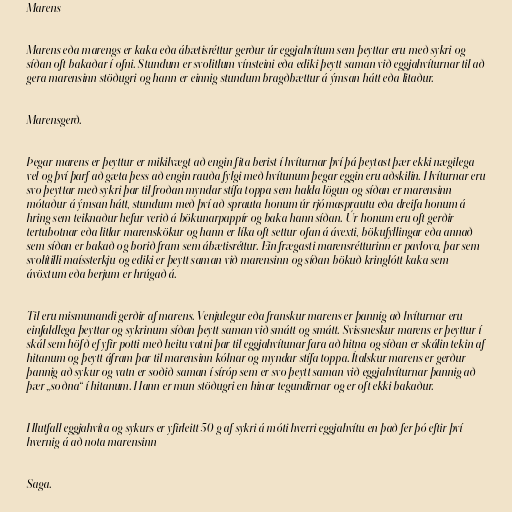
Marens

Marens eða marengs er kaka eða ábætisréttur gerður úr eggjahvítum sem þeyttar eru með sykri og
síðan oft bakaðar í ofni. Stundum er svolitlum vínsteini eða ediki þeytt saman við eggjahvíturnar til að
gera marensinn stöðugri og hann er einnig stundum bragðbættur á ýmsan hátt eða litaður.

Marensgerð.

Þegar marens er þeyttur er mikilvægt að engin fita berist í hvíturnar því þá þeytast þær ekki nægilega
vel og því þarf að gæta þess að engin rauða fylgi með hvítunum þegar eggin eru aðskilin. Hvíturnar eru
svo þeyttar með sykri þar til froðan myndar stífa toppa sem halda lögun og síðan er marensinn
mótaður á ýmsan hátt, stundum með því að sprauta honum úr rjómasprautu eða dreifa honum á
hring sem teiknaður hefur verið á bökunarpappír og baka hann síðan. Úr honum eru oft gerðir
tertubotnar eða litlar marenskökur og hann er líka oft settur ofan á ávexti, bökufyllingar eða annað
sem síðan er bakað og borið fram sem ábætisréttur. Ein frægasti marensrétturinn er pavlova, þar sem
svolítilli maíssterkju og ediki er þeytt saman við marensinn og síðan bökuð kringlótt kaka sem
ávöxtum eða berjum er hrúgað á.

Til eru mismunandi gerðir af marens. Venjulegur eða franskur marens er þannig að hvíturnar eru
einfaldlega þeyttar og sykrinum síðan þeytt saman við smátt og smátt. Svissneskur marens er þeyttur í
skál sem höfð ef yfir potti með heitu vatni þar til eggjahvítunar fara að hitna og síðan er skálin tekin af
hitanum og þeytt áfram þar til marensinn kólnar og myndar stífa toppa. Ítalskur marens er gerður
þannig að sykur og vatn er soðið saman í síróp sem er svo þeytt saman við eggjahvíturnar þannig að
þær „soðna“ í hitanum. Hann er mun stöðugri en hinar tegundirnar og er oft ekki bakaður.

Hlutfall eggjahvíta og sykurs er yfirleitt 50 g af sykri á móti hverri eggjahvítu en það fer þó eftir því
hvernig á að nota marensinn

Saga.